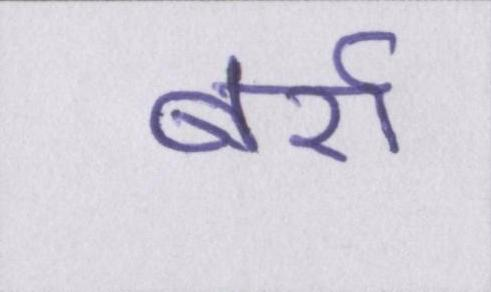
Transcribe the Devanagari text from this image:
बर्रा